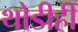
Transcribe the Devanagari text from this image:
थोडीही